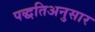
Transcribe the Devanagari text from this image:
पद्धतिअनुसार